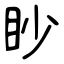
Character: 眇